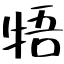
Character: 牾